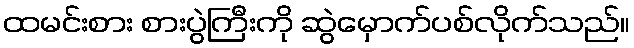
ထမင်းစား စားပွဲကြီးကို ဆွဲမှောက်ပစ်လိုက်သည်။